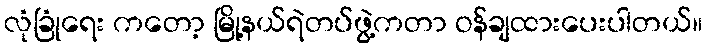
လုံခြုံရေး ကတော့ မြို့နယ်ရဲတပ်ဖွဲ့ကတာ ဝန်ချထားပေးပါတယ်။